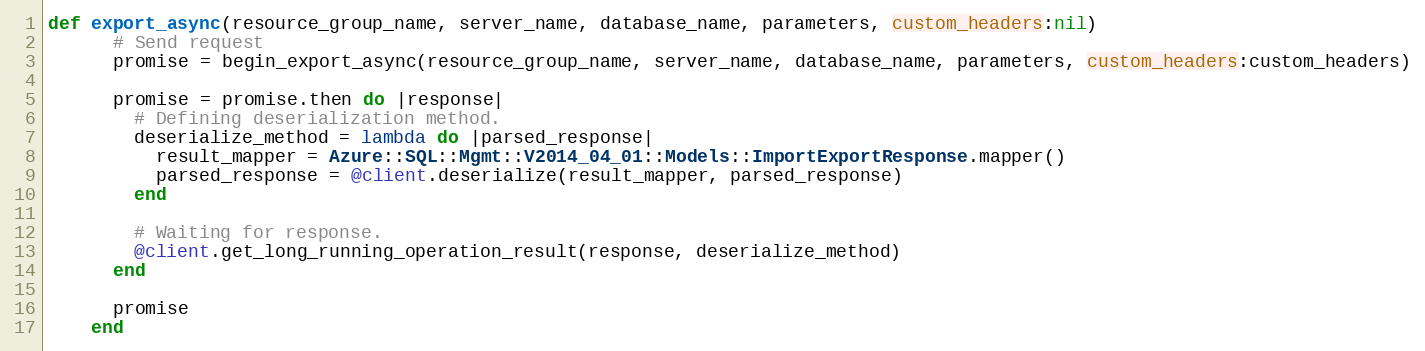
Language: Ruby
def export_async(resource_group_name, server_name, database_name, parameters, custom_headers:nil)
      # Send request
      promise = begin_export_async(resource_group_name, server_name, database_name, parameters, custom_headers:custom_headers)

      promise = promise.then do |response|
        # Defining deserialization method.
        deserialize_method = lambda do |parsed_response|
          result_mapper = Azure::SQL::Mgmt::V2014_04_01::Models::ImportExportResponse.mapper()
          parsed_response = @client.deserialize(result_mapper, parsed_response)
        end

        # Waiting for response.
        @client.get_long_running_operation_result(response, deserialize_method)
      end

      promise
    end